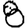
Digit: 8